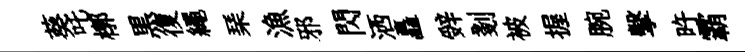
葵吒槨黒復繩琹漁邪閃洒矗辤剗被握腕擊旿霸